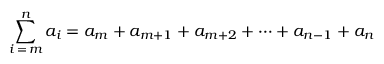
\sum _ { i \mathop { = } m } ^ { n } a _ { i } = a _ { m } + a _ { m + 1 } + a _ { m + 2 } + \cdots + a _ { n - 1 } + a _ { n }